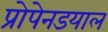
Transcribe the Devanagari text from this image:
प्रोपेनडयाल